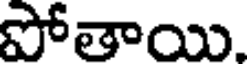
పోతాయి.